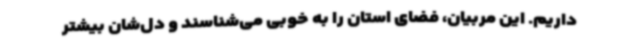
داریم. این مربیان، فضای استان را به خوبی می‌شناسند و دل‌شان بیشتر